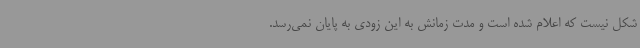
شکل نیست که اعلام شده است و مدت زمانش به این زودی به پایان نمی‌رسد.